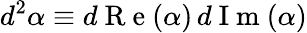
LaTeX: d^{2}\alpha\equiv d\mathrm{~R~e~}(\alpha)\, d\mathrm{~I~m~}(\alpha)